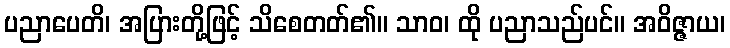
ပညာပေတိ၊ အပြားတို့ဖြင့် သိစေတတ်၏။ သာဝ၊ ထို ပညာသည်ပင်။ အဝိဇ္ဇာယ၊